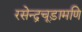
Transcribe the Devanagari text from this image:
रसेन्द्रचूड़ामणि